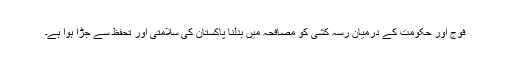
فوج اور حکومت کے درمیان رسہ کشی کو مصافحہ میں بدلنا پاکستان کی سلامتی اور تحفظ سے جڑا ہوا ہے۔